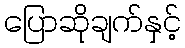
ပြောဆိုချက်နှင့်